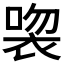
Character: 𲀱